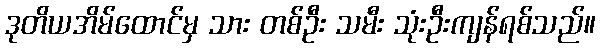
ဒုတိယအိမ်ထောင်မှ သား တစ်ဦး သမီး သုံးဦးကျန်ရစ်သည်။